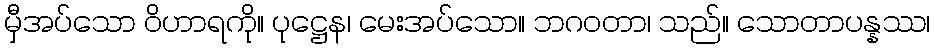
မှီအပ်သော ဝိဟာရကို။ ပုဋ္ဌေန၊ မေးအပ်သော။ ဘဂဝတာ၊ သည်။ သောတာပန္နဿ၊